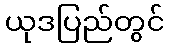
ယုဒပြည်တွင်